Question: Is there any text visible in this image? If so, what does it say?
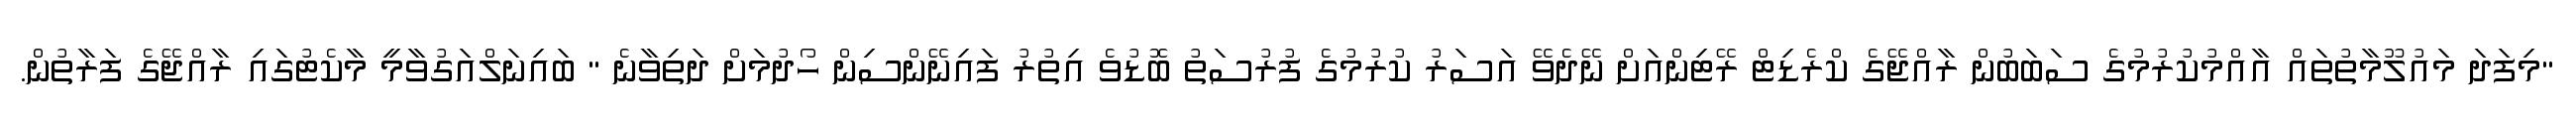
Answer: "މިފަދަ މައުލޫމާތުތައް އާއްމުކުރުމުގެ ސަބަބުން ރާއްޖޭގެ ކްރެޑިޓް ރޭޓިންއަށް ނޭދެވޭ އަސަރު ކުރުމުގެ ފުރުސަތު ބޮޑުވެ އިތުރު ފައިނޭންސިން ހޯދުމަށް ދަތިވާނެ " ބައިނަލްއަގުވާމީ މާކެޓުގައި ރާއްޖޭގެ ފަރާތުން.